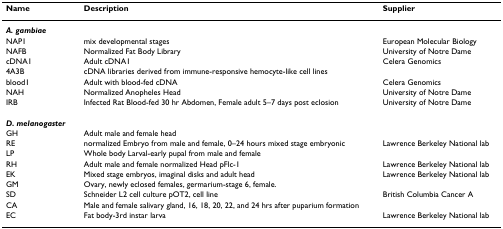
| Name | Description | Supplier |
 | --- | --- | --- |
 | A. gambiae |  |  |
 | NAP1 | mix developmental stages | European Molecular Biology |
 | NAFB | Normalized Fat Body Library | University of Notre Dame |
 | cDNA1 | Adult cDNA1 | Celera Genomics |
 | 4A3B | cDNA libraries derived from immune-responsive hemocyte-like cell lines |  |
 | blood1 | Adult with blood-fed cDNA | Celera Genomics |
 | NAH | Normalized Anopheles Head | University of Notre Dame |
 | IRB | Infected Rat Blood-fed 30 hr Abdomen, Female adult 5–7 days post eclosion | University of Notre Dame |
 | D. melanogaster |  |  |
 | GH | Adult male and female head |  |
 | RE | normalized Embryo from male and female, 0–24 hours mixed stage embryonic | Lawrence Berkeley National lab |
 | LP | Whole body Larval-early pupal from male and female |  |
 | RH | Adult male and female normalized Head pFlc-1 | Lawrence Berkeley National lab |
 | EK | Mixed stage embryos, imaginal disks and adult head | Lawrence Berkeley National lab |
 | GM | Ovary, newly eclosed females, germarium-stage 6, female. |  |
 | SD | Schneider L2 cell culture pOT2, cell line | British Columbia Cancer A |
 | CA | Male and female salivary gland, 16, 18, 20, 22, and 24 hrs after puparium formation |  |
 | EC | Fat body-3rd instar larva | Lawrence Berkeley National lab |